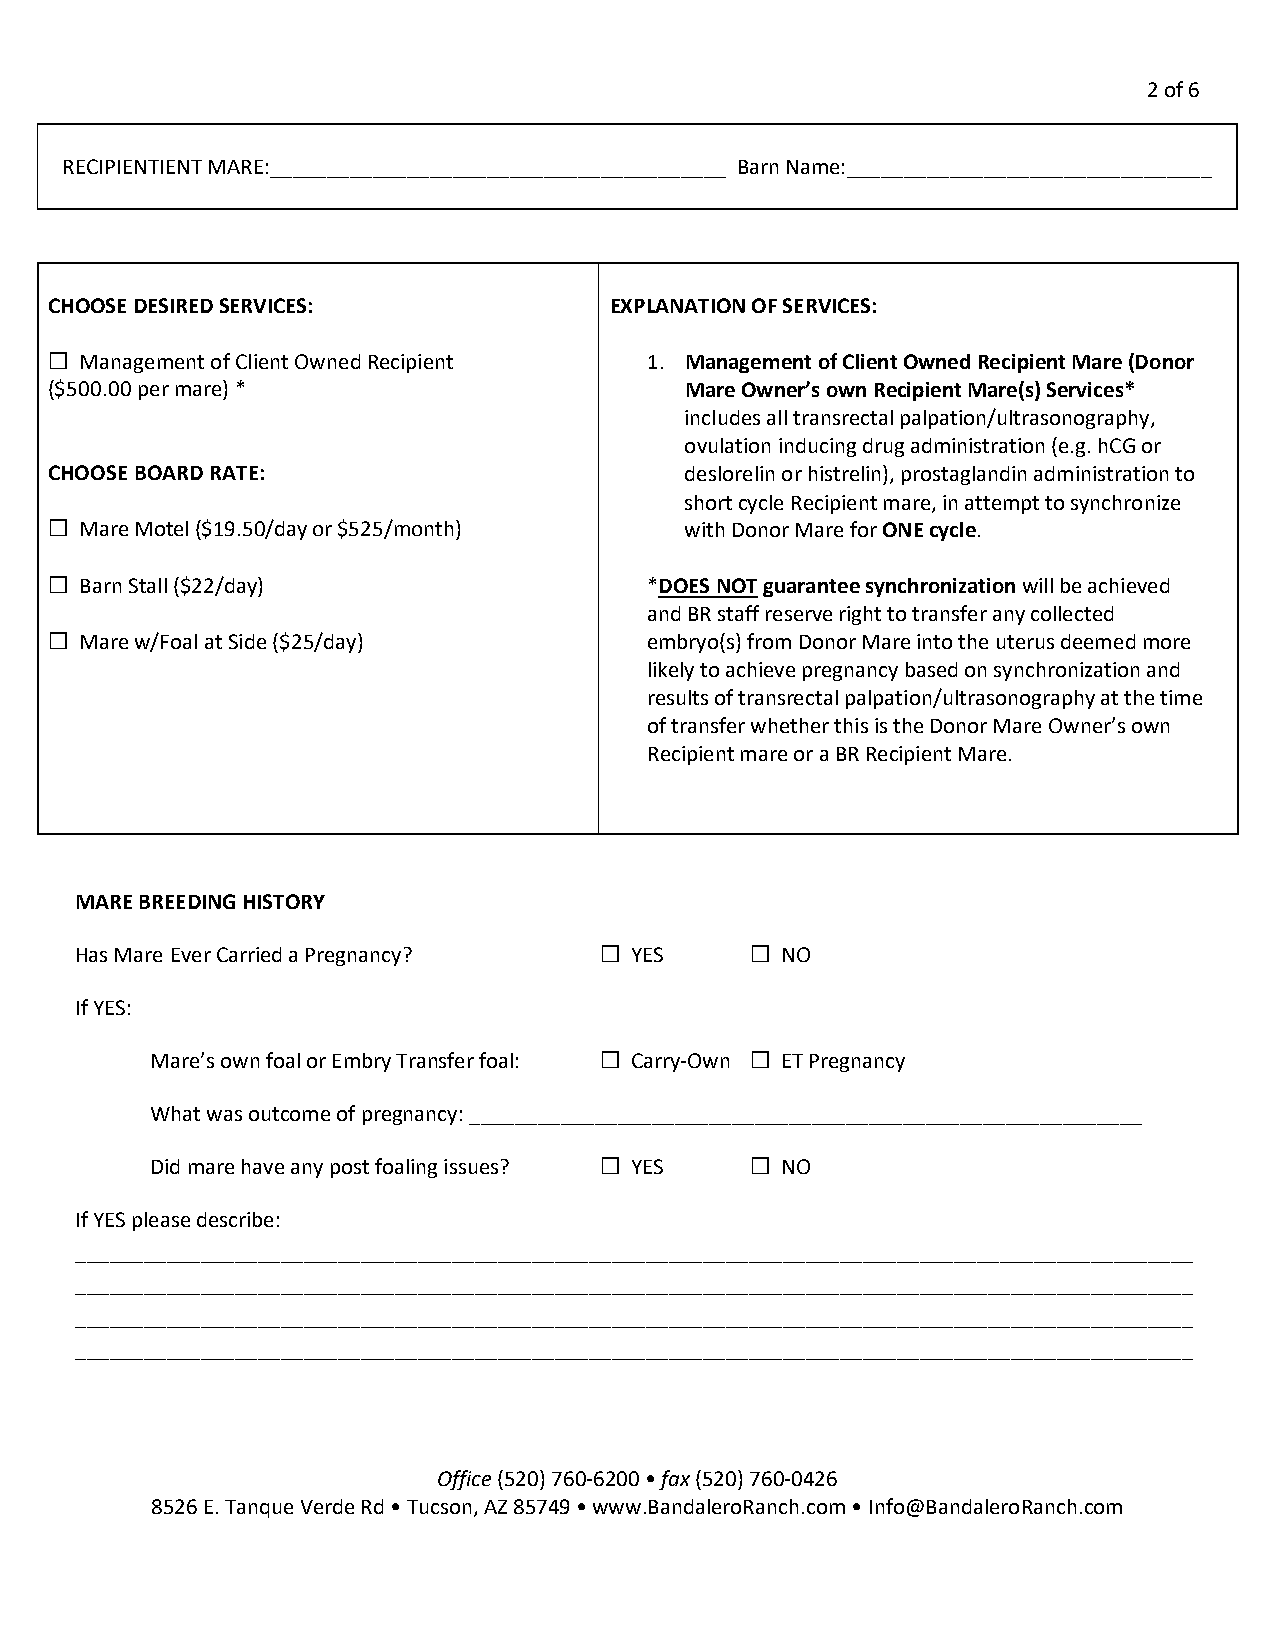
2 of 6
 RECIPIENTIENT MARE:________________________________________ Barn Name:________________________________
 CHOOSE DESIRED SERVICES:             EXPLANATION OF SERVICES:
  Management of Client Owned Recipient  1. Management of Client Owned Recipient Mare (Donor
 ($500.00 per mare) *                      Mare Owner’s own Recipient Mare(s) Services*
 includes all transrectal palpation/ultrasonography,
 ovulation inducing drug administration (e.g. hCG or
 CHOOSE BOARD RATE:                        deslorelin or histrelin), prostaglandin administration to
 short cycle Recipient mare, in attempt to synchronize
  Mare Motel ($19.50/day or $525/month)   with Donor Mare for ONE cycle.
  Barn Stall ($22/day)                  *DOES NOT guarantee synchronization will be achieved
 and BR staff reserve right to transfer any collected
  Mare w/Foal at Side ($25/day)         embryo(s) from Donor Mare into the uterus deemed more
 likely to achieve pregnancy based on synchronization and
 results of transrectal palpation/ultrasonography at the time
 of transfer whether this is the Donor Mare Owner’s own
 Recipient mare or a BR Recipient Mare.
 MARE BREEDING HISTORY
 Has Mare Ever Carried a Pregnancy?  YES      NO
 If YES:
 Mare’s own foal or Embry Transfer foal:  Carry-Own  ET Pregnancy
 What was outcome of pregnancy: ___________________________________________________________
 Did mare have any post foaling issues?  YES  NO
 If YES please describe:
 __________________________________________________________________________________________________
 __________________________________________________________________________________________________
 __________________________________________________________________________________________________
 __________________________________________________________________________________________________
 Office (520) 760-6200 • fax (520) 760-0426
 8526 E. Tanque Verde Rd • Tucson, AZ 85749 • www.BandaleroRanch.com • Info@BandaleroRanch.com